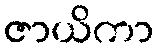
ဇာယိကာ